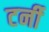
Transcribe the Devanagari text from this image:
टर्नी